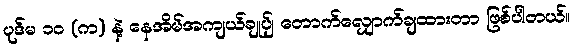
ပုဒ်မ ၁၀ (က) နဲ့ နေအိမ်အကျယ်ချုပ်ျ တောက်လျှောက်ချထားတာ ဖြစ်ပါတယ်။